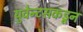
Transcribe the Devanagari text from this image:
युवेन्टसकडून